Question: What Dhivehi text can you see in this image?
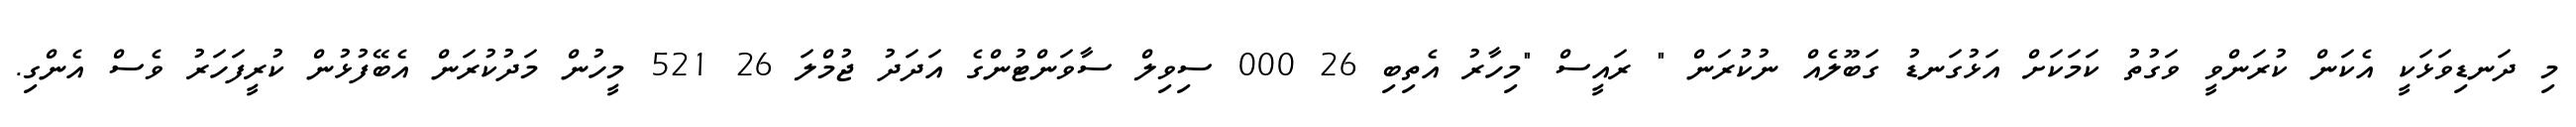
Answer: މި ދަނޑިވަޅަކީ އެކަން ކުރަންވީ ވަގުތު ކަމަކަށް އަޅުގަނޑު ގަބޫލެއް ނުކުރަން " ރައީސް "މިހާރު އެތިބި 26 000 ސިވިލް ސާވަންޓުންގެ އަދަދު ޖުމްލަ 26 521 މީހުން މަދުކުރަން އެބޭފުޅުން ކުރީފަހަރު ވެސް އެންގި.